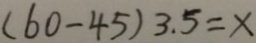
( 6 0 - 4 5 ) 3 . 5 = x